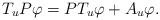
LaTeX: \begin{align*}T_u P\varphi = PT_u\varphi + A_u \varphi. \end{align*}